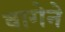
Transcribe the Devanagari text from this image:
वागेने